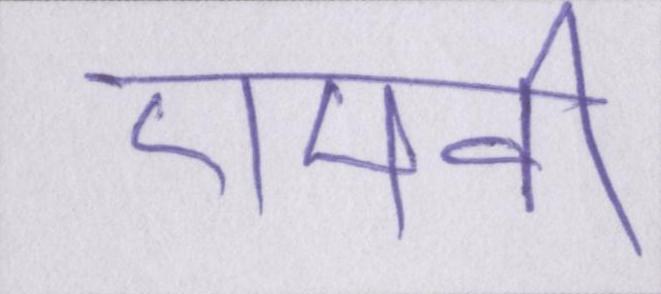
एमवी